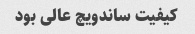
کیفیت ساندویچ عالی بود